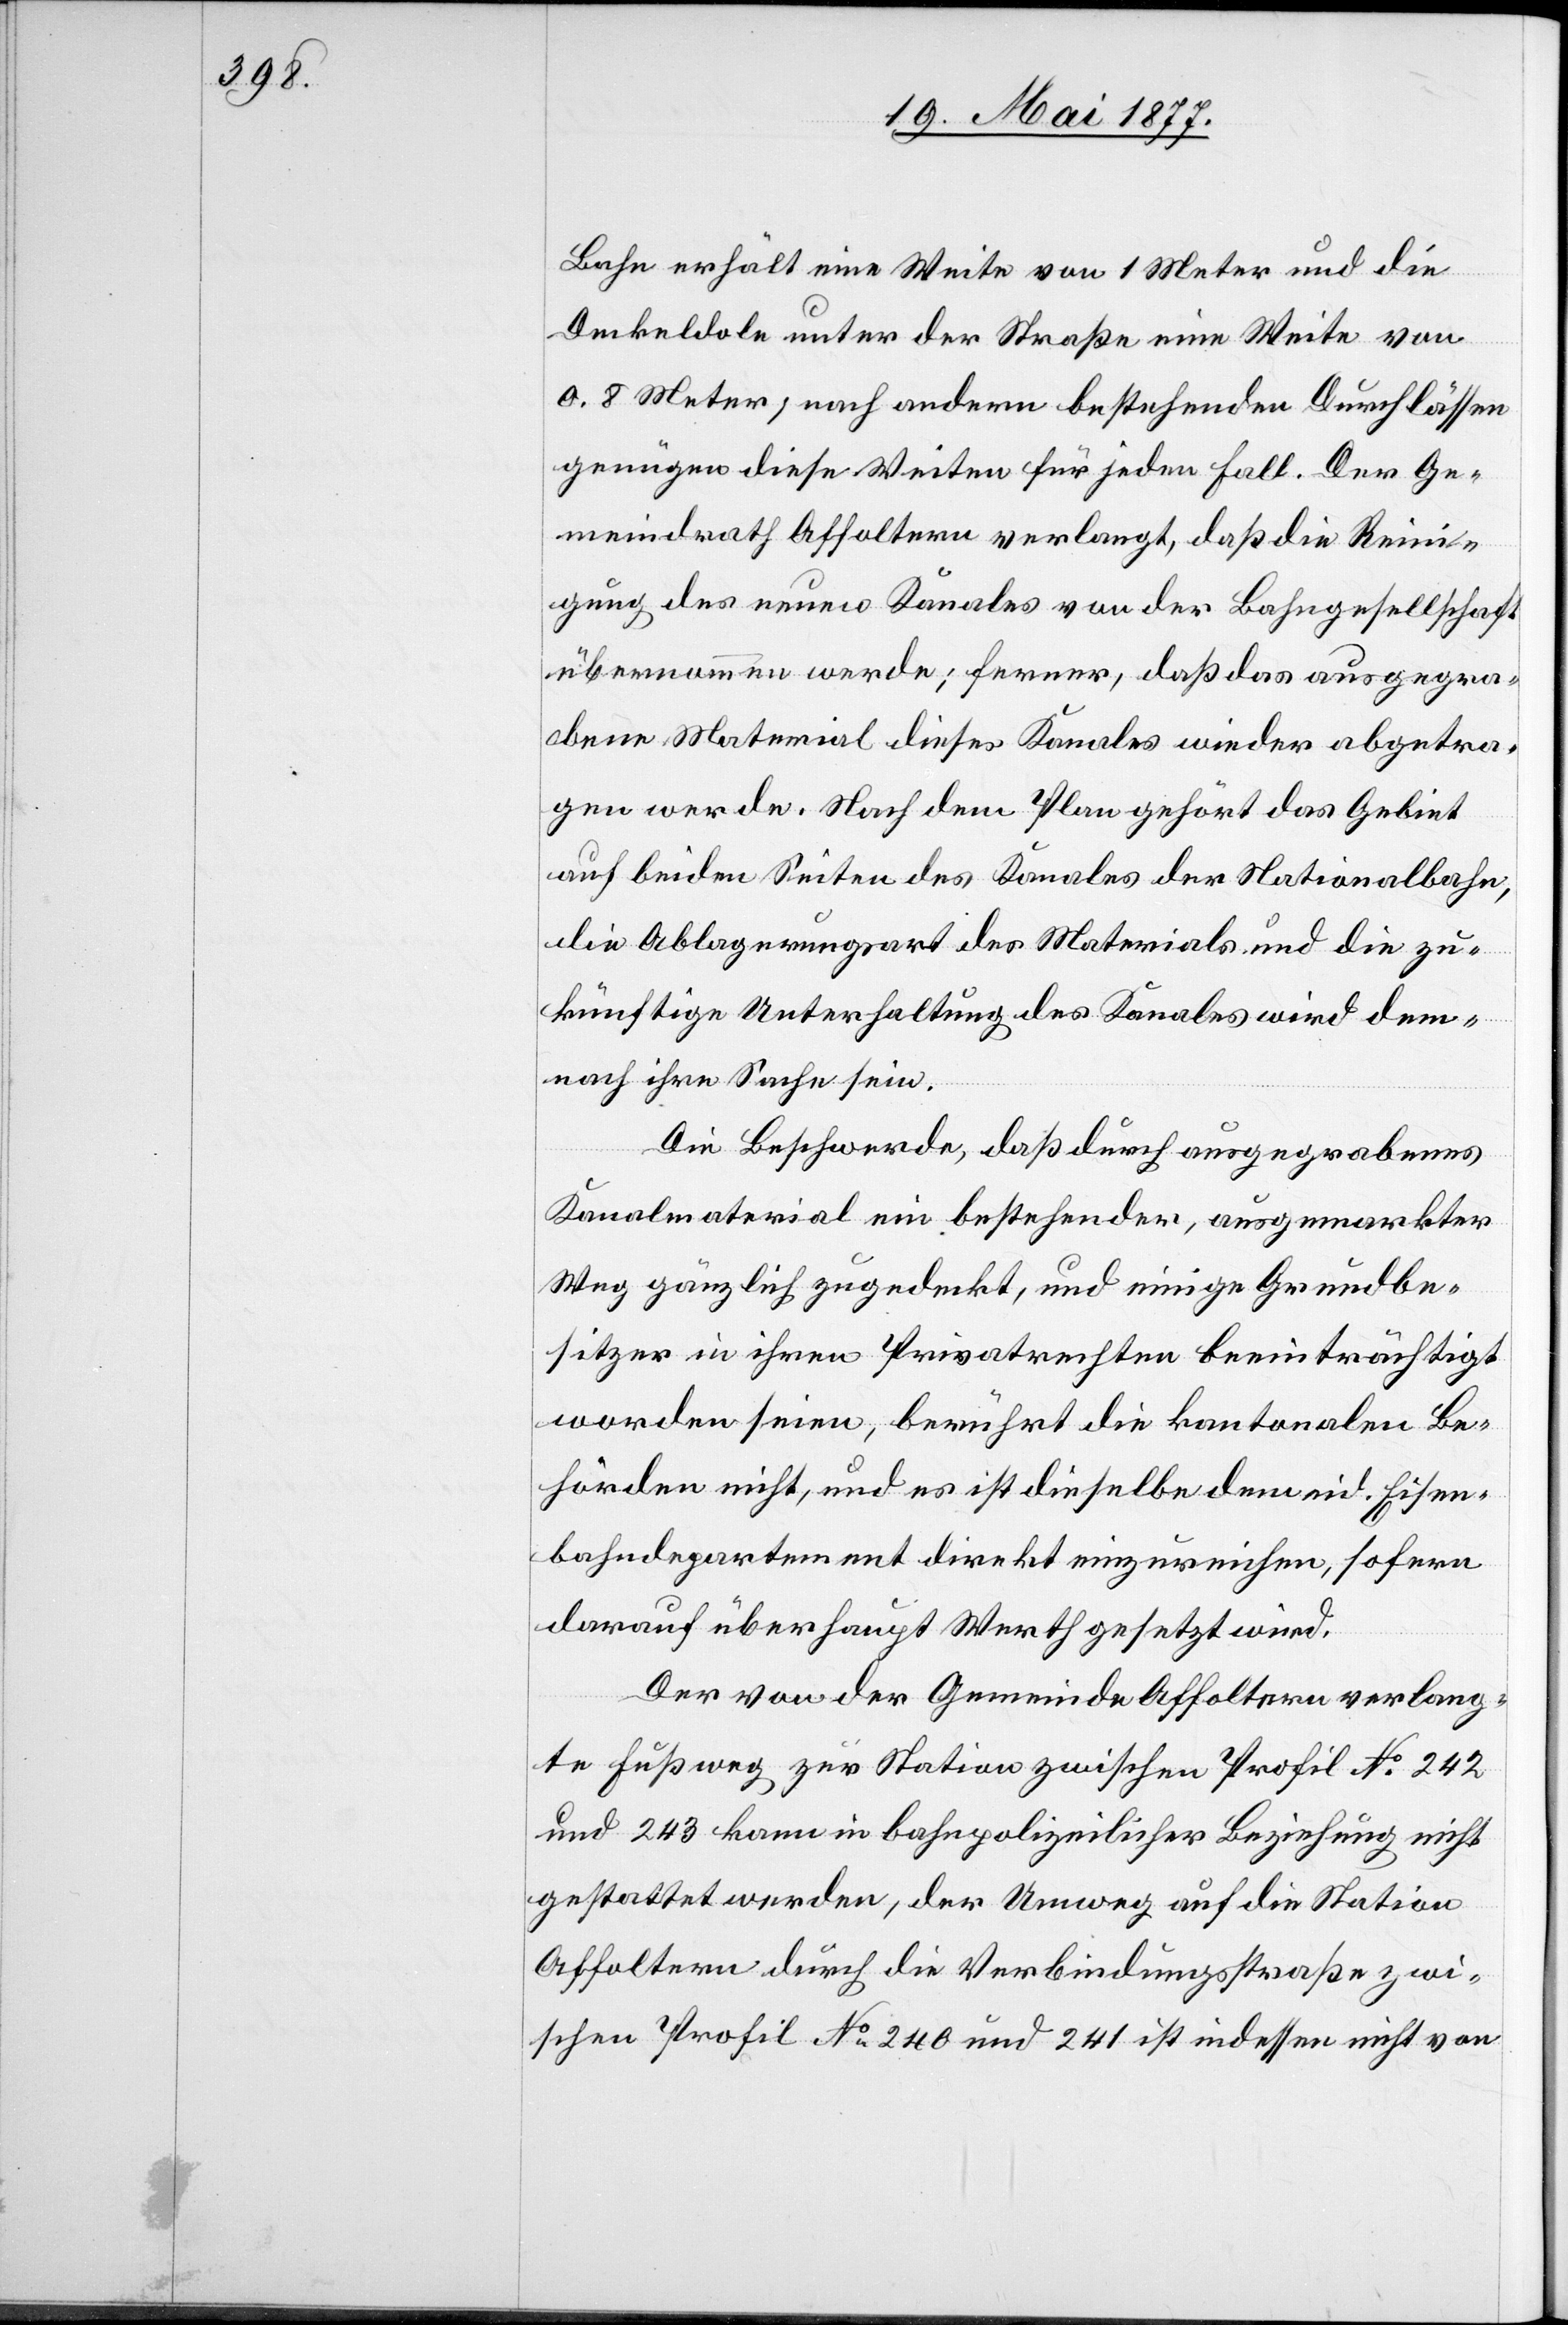
Bahn erhält eine Weite von 1 Meter und die
Deckendole unter der Straße eine Weite von
0.8 Meter; nach andern bestehenden Durchlässen
genügen diese Weiten für jeden Fall. Der Ge¬
meindrath Affoltern verlangt, daß die Rein¬
igung des neuen Kanales von der Bahngesellschaft
übernommen werde; ferner, daß das ausgegra¬
bene Material dieses Kanales wieder abgetra¬
gen werde. Nach dem Plan gehört das Gebiet
auf beiden Seiten des Kanales der Nationalbahn,
die Ablagerungsart des Materials und die zu¬
künftige Unterhaltung des Kanales wird dem¬
nach ihre Sache sein.
Die Beschwerde, daß durch ausgegrabenes
Kanalmaterial ein bestehender, ausgemarkter
Weg gänzlich zugedeckt, und einige Grundbe¬
sitzer in ihren Privatrechten beeinträchtigt
worden seien, berührt die kantonalen Be¬
hörden nicht, und es ist dieselbe dem eid. Eisen¬
bahndepartement direkt einzureichen, sofern
darauf überhaupt Werth gesetzt wird.
Der von der Gemeinde Affoltern verlang¬
te Fußweg zur Station zwischen Profil No 242
und 243 kann in bahnpolizeilicher Beziehung nicht
gestattet werden, der Umweg auf die Station
Affoltern durch die Verbindungsstraße zwi¬
schen Profil No 240 und 241 ist indessen nicht von